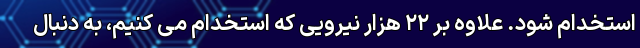
استخدام شود. علاوه بر ۲۲ هزار نیرویی که استخدام می کنیم، به دنبال